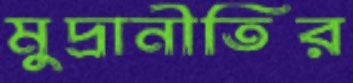
মুদ্রানীতির